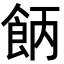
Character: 𩛄